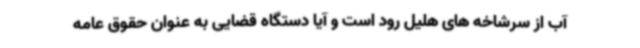
آب از سرشاخه های هلیل رود است و آیا دستگاه قضایی به عنوان حقوق عامه